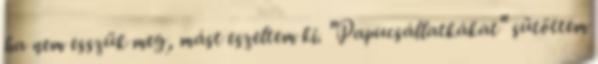
ha nem esszük meg, mást eszeltem ki. "Papucsállatkákat" sütöttem